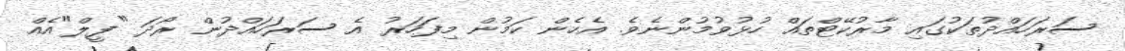
ސަރަހައްދުތަކުގައި މާރުކޭޓްތައް ހުޅުވުމުންނެވެ. އެހެން ކަމުން މިފަހަރު އެ ސަރަހައްދުން ރޯދަ "ފީލް"އެއް